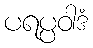
ပရပ္ပဝါဒံ